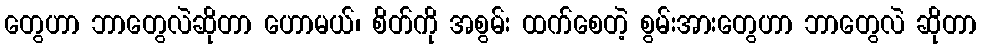
တွေဟာ ဘာတွေလဲဆိုတာ ဟောမယ်၊ စိတ်ကို အစွမ်း ထက်စေတဲ့ စွမ်းအားတွေဟာ ဘာတွေလဲ ဆိုတာ